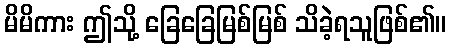
မိမိကား ဤသို့ ခြေခြေမြစ်မြစ် သိခဲ့ရသူဖြစ်၏။